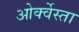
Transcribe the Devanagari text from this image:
ओर्क्वेस्ता